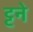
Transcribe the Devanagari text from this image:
ट्टने